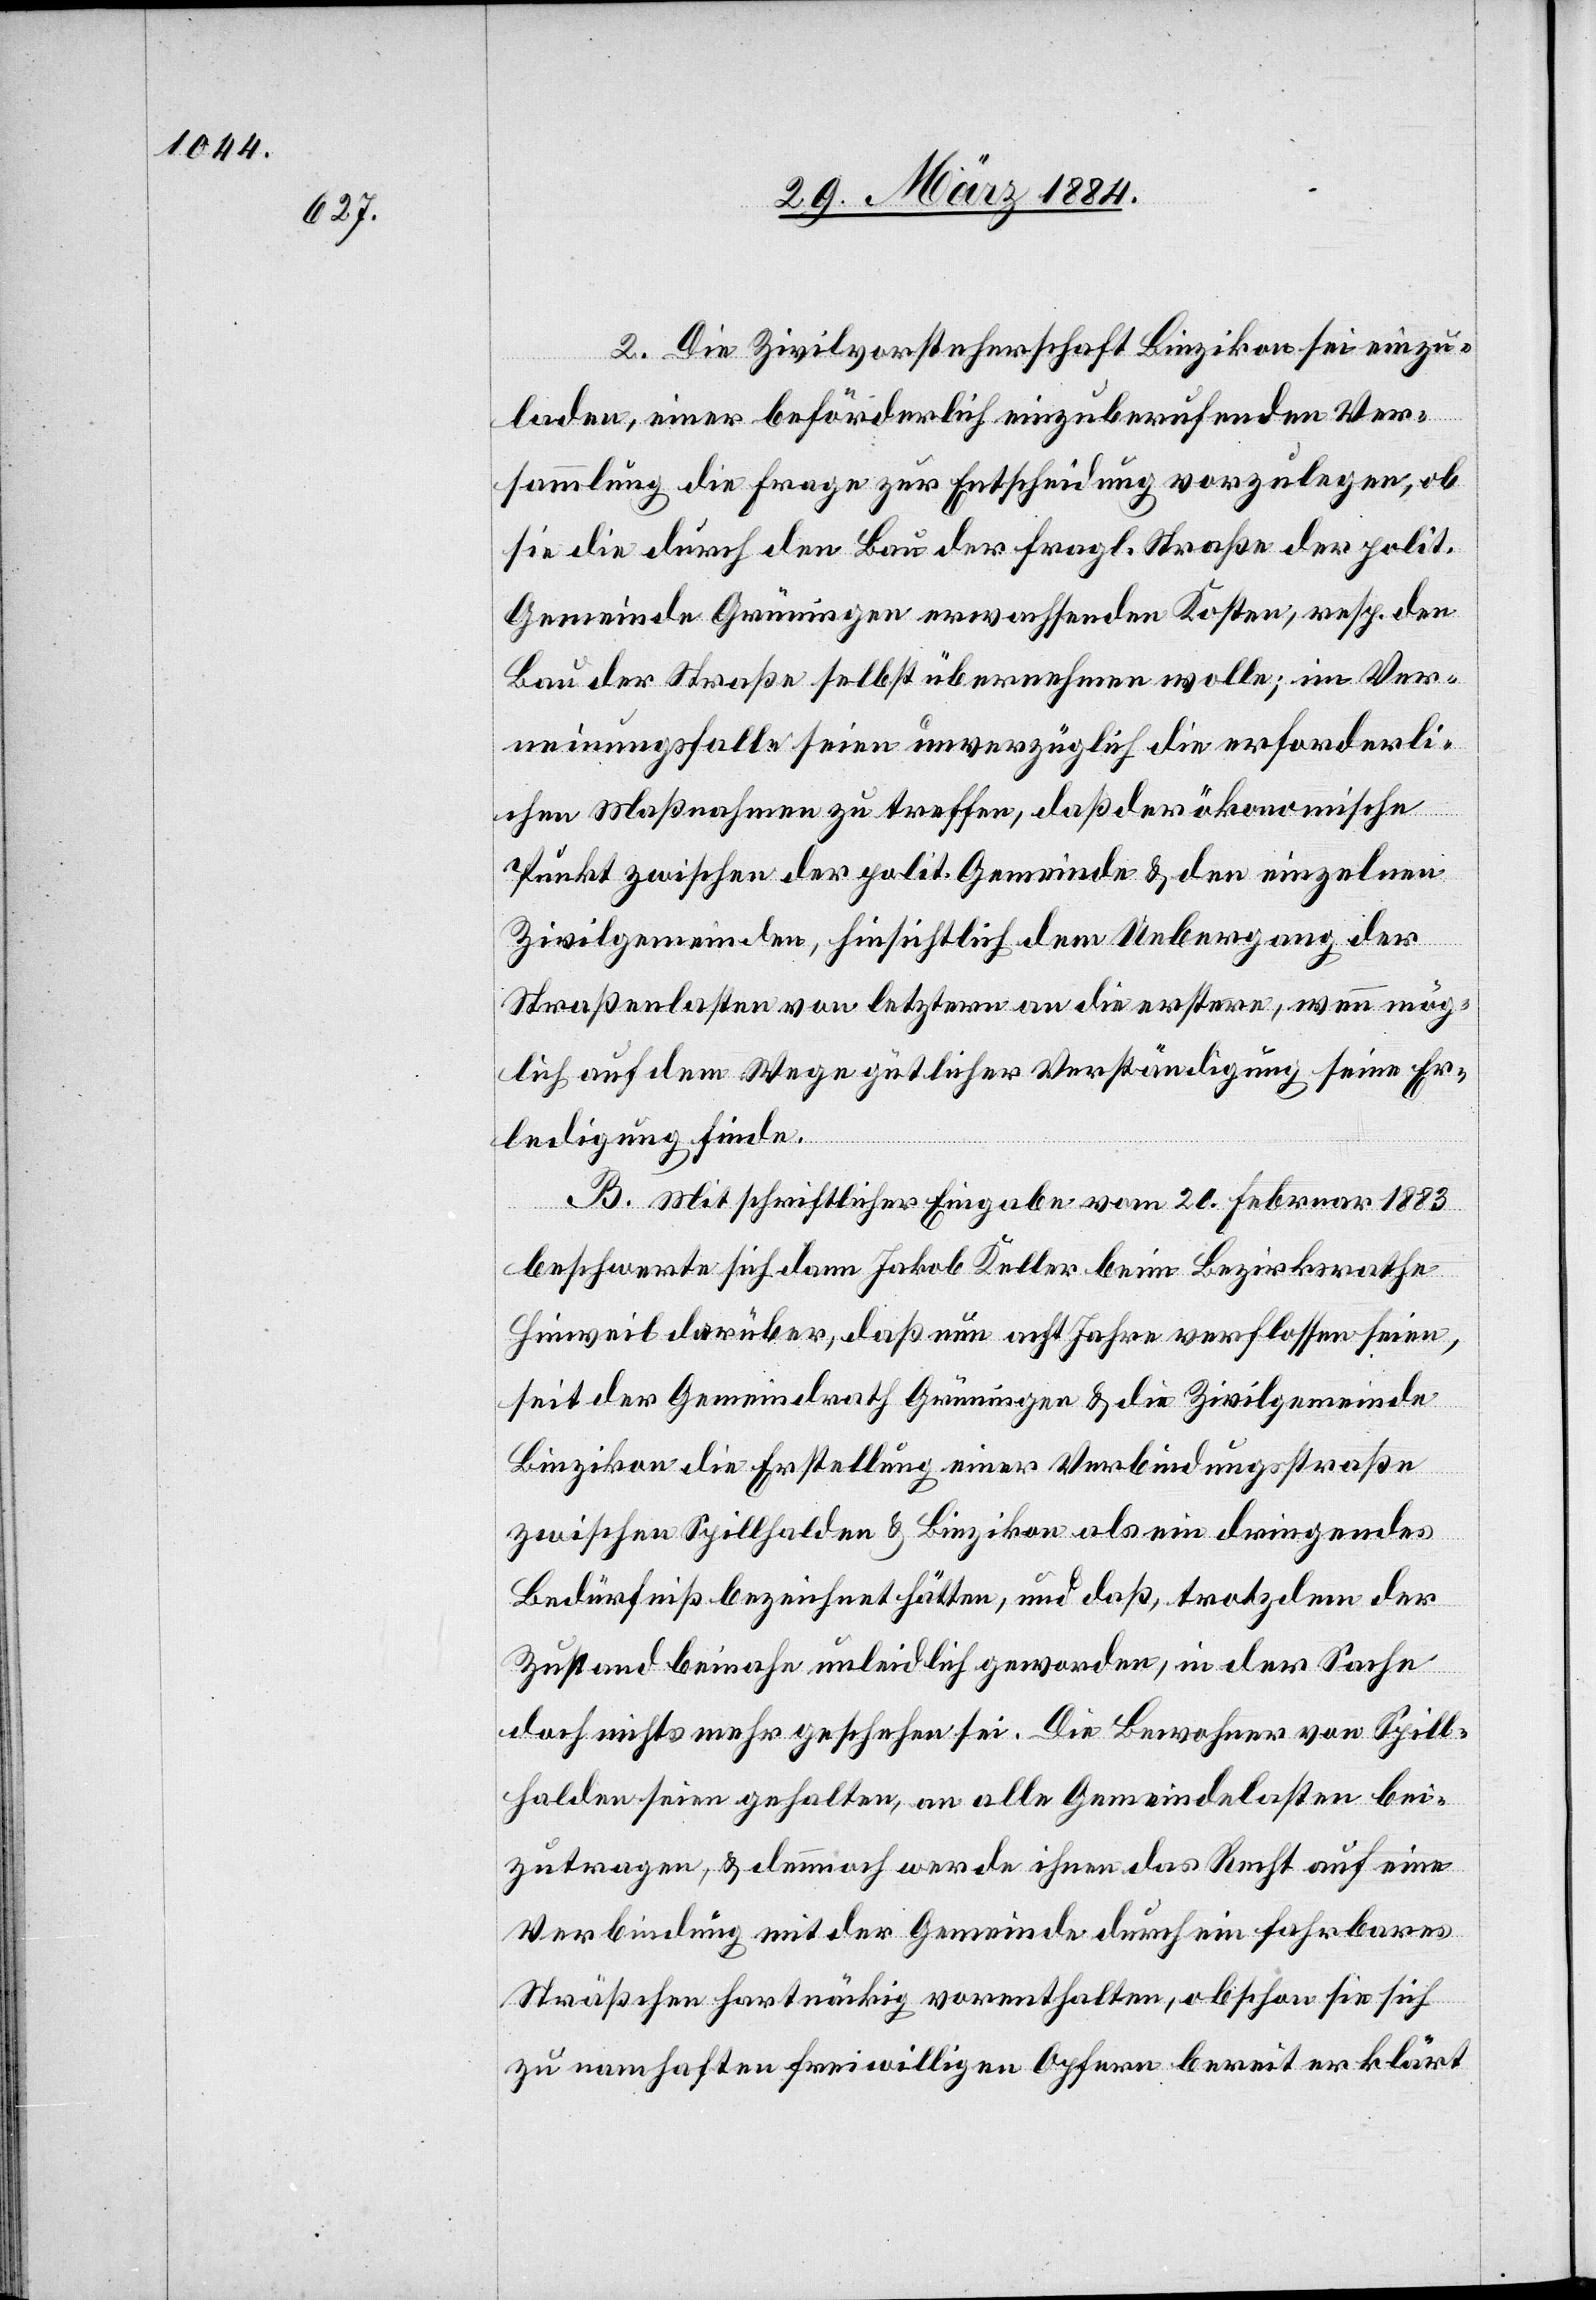
2. Die Zivilvorsteherschaft Binzikon sei einzu¬
laden, einer beförderlich einzuberufenden Ver¬
sammlung die Frage zur Entscheidung vorzulegen, ob
sie die durch den Bau der fragl. Straße der polit.
Gemeinde Grüningen erwachsenden Kosten, resp. den
Bau der Straße selbst übernehmen wolle; im Ver¬
neinungsfalle seien unverzüglich die erforderli¬
chen Maßnahmen zu treffen, daß der ökonomische
Punkt zwischen der polit. Gemeinde & den einzelnen
Zivilgemeinden, hinsichtlich dem Uebergang der
Straßenlasten von letztern an die erstere, wenn mög¬
lich auf dem Wege gütlicher Verständigung seine Er¬
ledigung finde.
B. Mit schriftlicher Eingabe vom 20. Februar 1883
beschwerte sich dann Jakob Keller beim Bezirksrathe
Hinweil darüber, daß nun acht Jahre verflossen seien,
seit der Gemeindrath Grüningen & die Zivilgemeinde
Binzikon die Erstellung einer Verbindungsstraße
zwischen Spillhalden & Binzikon als ein dringendes
Bedürfniß bezeichnet hätten, und daß, trotzdem der
Zustand beinahe unleidlich geworden, in der Sache
doch nichts mehr geschehen sei. Die Bewohner von Spill¬
halden seien gehalten, an alle Gemeindelasten bei¬
zutragen, & dennoch werde ihnen das Recht auf eine
Verbindung mit der Gemeinde durch ein fahrbares
Sträßchen hartnäckig vorenthalten, obschon sie sich
zu namhaften freiwilligen Opfern bereit erklärt